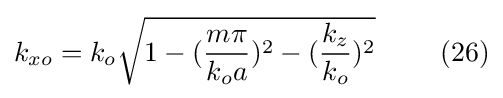
k_{xo}=k_{o}{\sqrt {1-({\frac {m\pi }{k_{o}a}})^{2}-({\frac {k_{z}}{k_{o}}})^{2}}}\ \ \ \ \ \ \ (26)